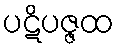
ပဋိပဇ္ဇထ